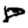
Digit: 8